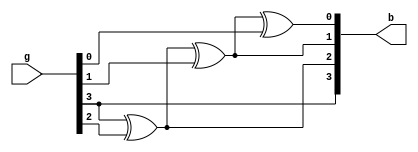
`timescale 1ns / 1ps

//Implementaion of 4bit Gray to Binary by using Behavioural Modelling
module Gray_to_Binary(
    input [3:0] g,       //Input declaration
    output reg[3:0] b       //output declaration
    );
   always@(g)
   begin
 b[0]=b[1]^g[0];
 b[1]=b[2]^g[1];
 b[2]=b[3]^g[2];
 b[3]=g[3];
 end
endmodule